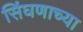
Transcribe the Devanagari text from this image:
सिंघणाच्या